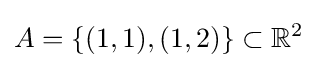
A=\{(1,1),(1,2)\}\subset \mathbb {R} ^{2}